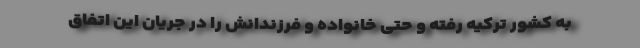
به کشور ترکیه رفته و حتی خانواده و فرزندانش را در جریان این اتفاق